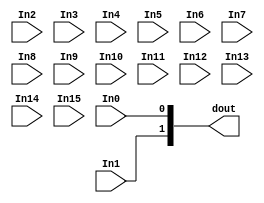
module xlconcat (In0, In1, In2, In3, In4, In5, In6, In7, In8, In9, In10, In11, In12, In13, In14, In15,dout);
parameter IN0_WIDTH = 1;
input 	[IN0_WIDTH -1:0] In0;
parameter IN1_WIDTH = 1;
input 	[IN1_WIDTH -1:0] In1;
parameter IN2_WIDTH = 1;
input 	[IN2_WIDTH -1:0] In2;
parameter IN3_WIDTH = 1;
input 	[IN3_WIDTH -1:0] In3;
parameter IN4_WIDTH = 1;
input 	[IN4_WIDTH -1:0] In4;
parameter IN5_WIDTH = 1;
input 	[IN5_WIDTH -1:0] In5;
parameter IN6_WIDTH = 1;
input 	[IN6_WIDTH -1:0] In6;
parameter IN7_WIDTH = 1;
input 	[IN7_WIDTH -1:0] In7;
parameter IN8_WIDTH = 1;
input 	[IN8_WIDTH -1:0] In8;
parameter IN9_WIDTH = 1;
input 	[IN9_WIDTH -1:0] In9;
parameter IN10_WIDTH = 1;
input 	[IN10_WIDTH -1:0] In10;
parameter IN11_WIDTH = 1;
input 	[IN11_WIDTH -1:0] In11;
parameter IN12_WIDTH = 1;
input 	[IN12_WIDTH -1:0] In12;
parameter IN13_WIDTH = 1;
input 	[IN13_WIDTH -1:0] In13;
parameter IN14_WIDTH = 1;
input 	[IN14_WIDTH -1:0] In14;
parameter IN15_WIDTH = 1;
input 	[IN15_WIDTH -1:0] In15;
parameter dout_width = 2;
output [dout_width-1:0] dout;
parameter NUM_PORTS =2;


generate if (NUM_PORTS == 1)
begin : C_NUM_1
    assign dout = In0; 	
end
endgenerate

generate if (NUM_PORTS == 2)
begin : C_NUM_2
    assign dout = {In1,In0}; 	
end
endgenerate

generate if (NUM_PORTS == 3)
begin:C_NUM_3
	assign dout = {In2, In1, In0}; 	
end
endgenerate

generate if (NUM_PORTS == 4)
begin:C_NUM_4
    assign dout = {In3, In2, In1, In0}; 	
end
endgenerate

generate if (NUM_PORTS == 5)
begin:C_NUM_5
    assign dout = {In4, In3, In2, In1, In0}; 	
end
endgenerate

generate if (NUM_PORTS == 6)
begin:C_NUM_6
    assign dout = {In5, In4, In3, In2, In1, In0}; 	
end
endgenerate

generate if (NUM_PORTS == 7)
begin:C_NUM_7
    assign dout = {In6, In5, In4, In3, In2, In1, In0}; 	
end
endgenerate

generate if (NUM_PORTS == 8)
begin:C_NUM_8
    assign dout = {In7, In6, In5, In4, In3, In2, In1, In0}; 	
end
endgenerate

generate if (NUM_PORTS == 9)
begin:C_NUM_9
    assign dout = {In8, In7, In6, In5, In4, In3, In2, In1, In0}; 	
end
endgenerate

generate if (NUM_PORTS == 10)
begin:C_NUM_10
    assign dout = {In9, In8, In7, In6, In5, In4, In3, In2, In1, In0}; 	
end
endgenerate

generate if (NUM_PORTS == 11)
begin:C_NUM_11
    assign dout = {In10, In9, In8, In7, In6, In5, In4, In3, In2, In1, In0}; 	
end
endgenerate

generate if (NUM_PORTS == 12)
begin:C_NUM_12
    assign dout = {In11, In10, In9, In8, In7, In6, In5, In4, In3, In2, In1, In0}; 	
end
endgenerate

generate if (NUM_PORTS == 13)
begin:C_NUM_13
    assign dout = {In12, In11, In10, In9, In8, In7, In6, In5, In4, In3, In2, In1, In0}; 	
end
endgenerate

generate if (NUM_PORTS == 14)
begin:C_NUM_14
    assign dout = {In13, In12, In11, In10, In9, In8, In7, In6, In5, In4, In3, In2, In1, In0}; 	
end
endgenerate

generate if (NUM_PORTS == 15)
begin:C_NUM_15
    assign dout = {In14, In13, In12, In11, In10, In9, In8, In7, In6, In5, In4, In3, In2, In1, In0}; 	
end
endgenerate

generate if (NUM_PORTS == 16)
begin:C_NUM_16
    assign dout = {In15, In14, In13, In12, In11, In10, In9, In8, In7, In6, In5, In4, In3, In2, In1, In0}; 	
end
endgenerate

endmodule